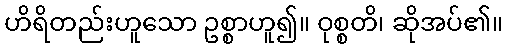
ဟိရိတည်းဟူသော ဥစ္စာဟူ၍။ ဝုစ္စတိ၊ ဆိုအပ်၏။